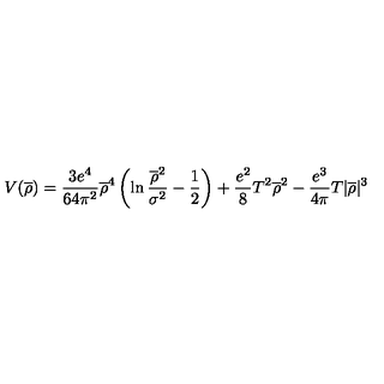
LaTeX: V ( \overline { { \rho } } ) = \frac { 3 e ^ { 4 } } { 6 4 \pi ^ { 2 } } \overline { { \rho } } ^ { 4 } \left( \ln \frac { \overline { { \rho } } ^ { 2 } } { \sigma ^ { 2 } } - \frac { 1 } { 2 } \right) + \frac { e ^ { 2 } } { 8 } T ^ { 2 } \overline { { \rho } } ^ { 2 } - \frac { e ^ { 3 } } { 4 \pi } T | \overline { { \rho } } | ^ { 3 }